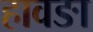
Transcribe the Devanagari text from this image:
हावङा